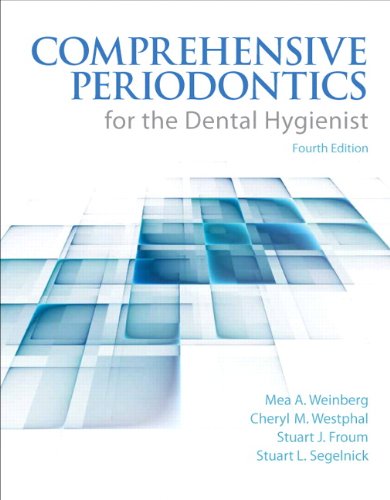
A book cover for Comprehensive Periodontics for the Dental Hygienist (4th Edition); Mea A. Weinberg; Medical Books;